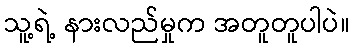
သူ့ရဲ့ နားလည်မှုက အတူတူပါပဲ။